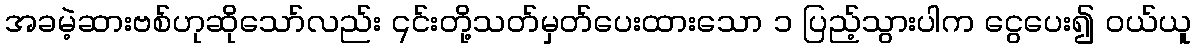
အခမဲ့ဆားဗစ်ဟုဆိုသော်လည်း ၎င်းတို့သတ်မှတ်ပေးထားသော ၁ ပြည့်သွားပါက ငွေပေး၍ ဝယ်ယူ